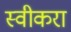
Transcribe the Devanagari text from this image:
स्वीकरा